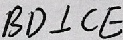
B D \bot C E